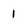
Character: 1